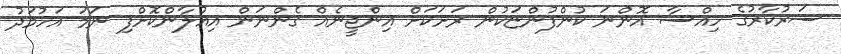
ސަރުކާރުގެ ހިއްސާ އޮންނަ ކުންފުންޏަކުން ރަށަކަށް އިންޖީނެއް ގެންނަން އިއުލާންކޮށްފި ނަމަ އަހުމަދު